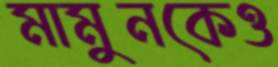
মামুনকেও